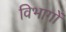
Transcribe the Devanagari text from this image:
विभागों